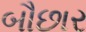
બૌછાર